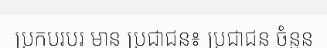
ប្រកបរបរ មាន ប្រជាជន៖ ប្រជាជន ចំនួន